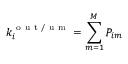
k _ { i } ^ { \mathrm { ~ o ~ u ~ t ~ / ~ u ~ m ~ } } = \sum _ { m = 1 } ^ { M } P _ { i m }